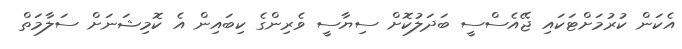
އެކަން ކުރުމަށްޓަކައި ޖޭއެސްސީ ބަދަލުކޮށް ސިޔާސީ ވެރިންގެ ކިބައިން އެ ކޮމިޝަނަށް ސަލާމަތް